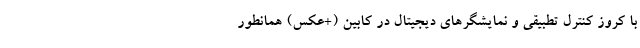
با کروز کنترل تطبیقی و نمایشگرهای دیجیتال در کابین (+عکس) همانطور